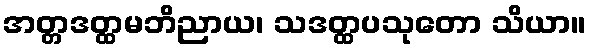
အတ္တဒတ္ထမဘိညာယ၊ သဒတ္ထပသုတော သိယာ။